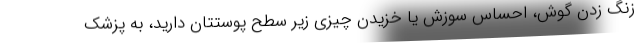
زنگ زدن گوش، احساس سوزش یا خزیدن چیزی زیر سطح پوستتان دارید، به پزشک